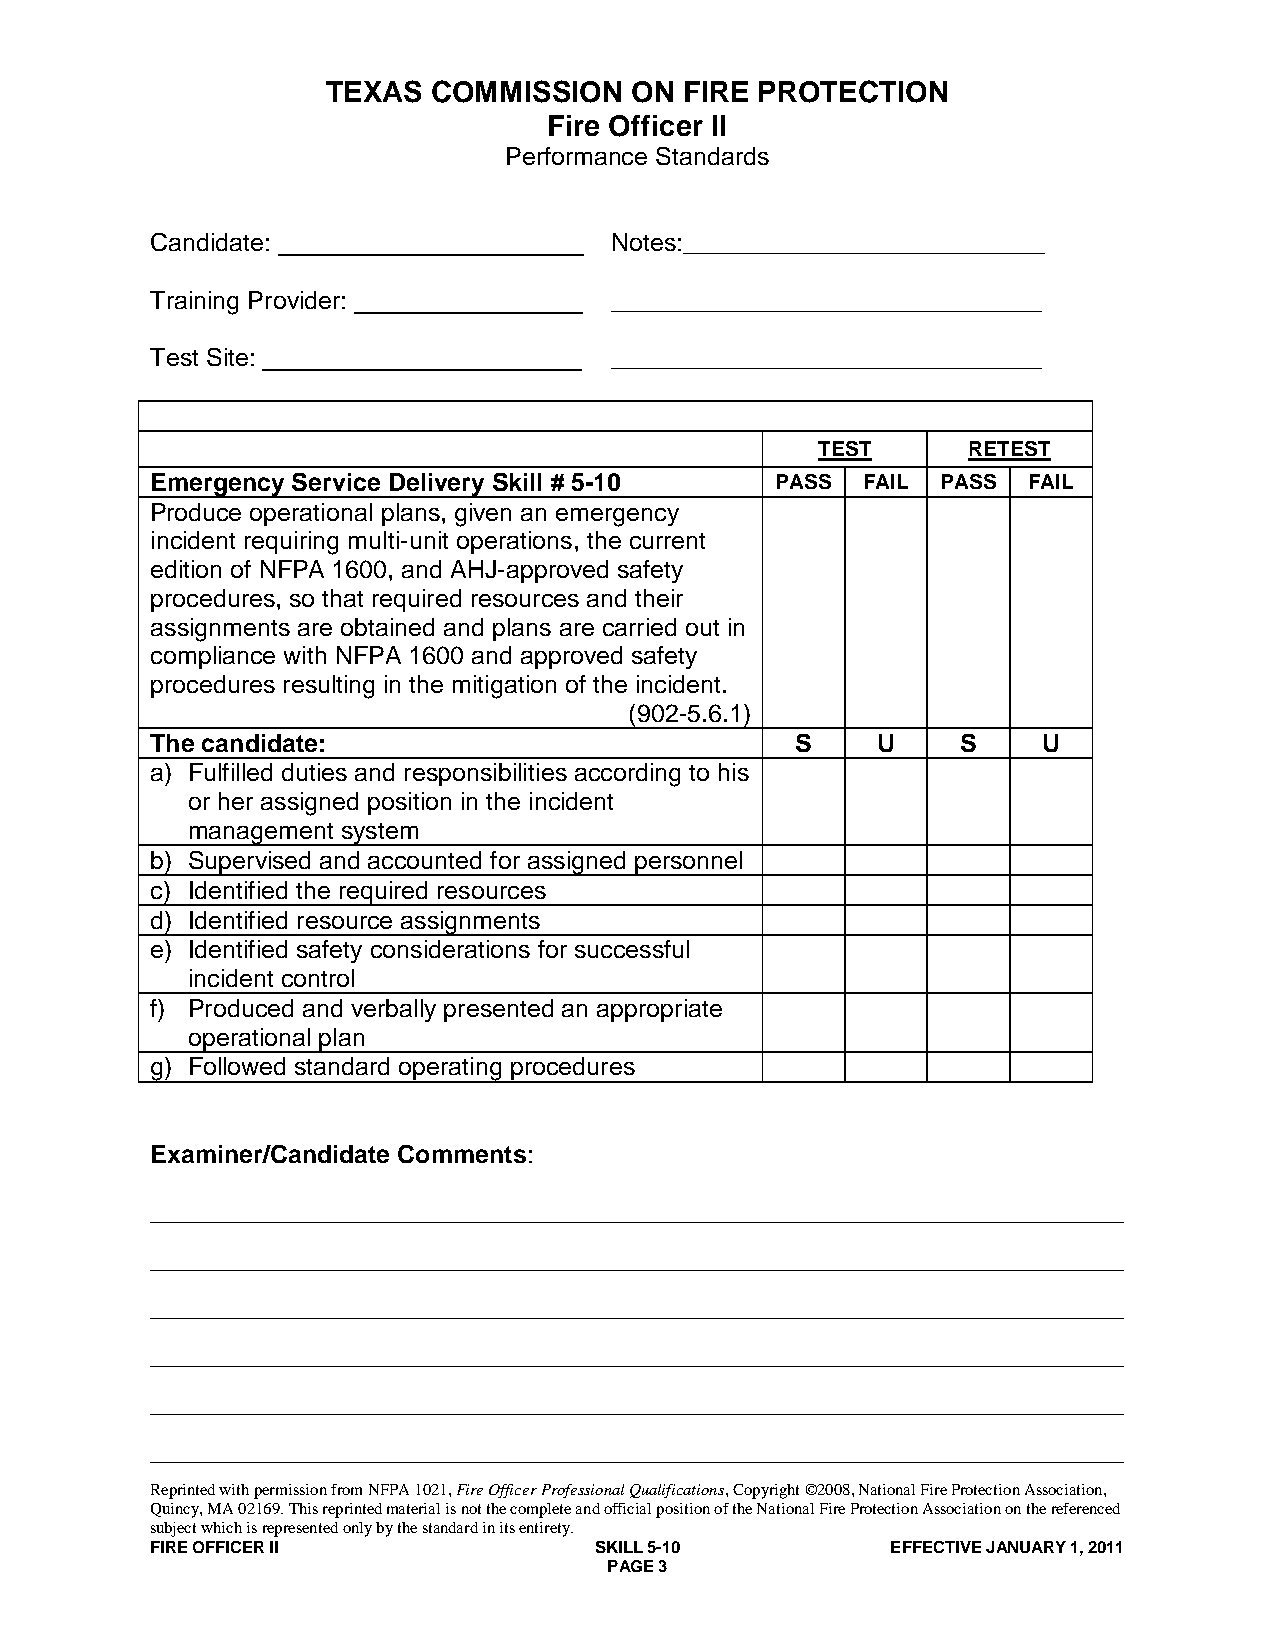
TEXAS  COMMISSION   ON FIRE PROTECTION
 Fire Officer II
 Performance Standards
 Candidate:                    Notes:__________________________
 Training Provider:            _______________________________
 Test Site:                    _______________________________
 TEST      RETEST
 Emergency Service Delivery Skill # 5-10  PASS  FAIL PASS  FAIL
 Produce operational plans, given an emergency
 incident requiring multi-unit operations, the current
 edition of NFPA 1600, and AHJ-approved safety
 procedures, so that required resources and their
 assignments are obtained and plans are carried out in
 compliance with NFPA 1600 and approved safety
 procedures resulting in the mitigation of the incident.
 (902-5.6.1)
 The candidate:                             S    U     S    U
 a) Fulfilled duties and responsibilities according to his
 or her assigned position in the incident
 management system
 b) Supervised and accounted for assigned personnel
 c) Identified the required resources
 d) Identified resource assignments
 e) Identified safety considerations for successful
 incident control
 f) Produced and verbally presented an appropriate
 operational plan
 g) Followed standard operating procedures
 Examiner/Candidate Comments:
 ______________________________________________________________________
 ______________________________________________________________________
 ______________________________________________________________________
 ______________________________________________________________________
 ______________________________________________________________________
 ______________________________________________________________________
 Reprinted with permission from NFPA 1021, Fire Officer Professional Qualifications, Copyright ©2008, National Fire Protection Association,
 Quincy, MA 02169. This reprinted material is not the complete and official position of the National Fire Protection Association on the referenced
 subject which is represented only by the standard in its entirety.
 FIRE OFFICER II              SKILL 5-10          EFFECTIVE JANUARY 1, 2011
 PAGE 3